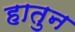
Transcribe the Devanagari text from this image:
हातुन